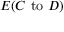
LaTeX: E ( C { \mathrm { ~ t o ~ } } D )